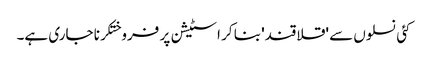
کئی نسلوں سے 'قلاقند' بنا کر اسٹیشن پر فروختکرنا جاری ہے۔